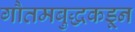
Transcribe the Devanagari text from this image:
गौतमबुद्धकडून